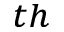
^ { t h }